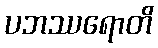
ပဘဿရောတိ